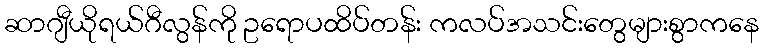
ဆာဂျီယိုရယ်ဂီလွန်ကို ဥရောပထိပ်တန်း ကလပ်အသင်းတွေများစွာကနေ